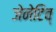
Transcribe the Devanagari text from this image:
जेनेटिव्